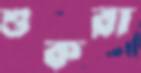
শুকরা